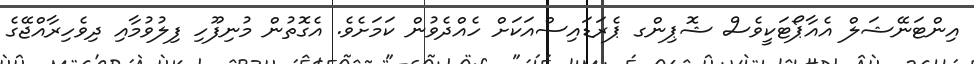
އިންޓަނޭޝަލް އެއާޕޯޓަކީވެސް ޝޮޕިންގ ޕެރަޑައިސްއަކަށް ހެއްދެވުން ކަމަށެވެ. އެގޮތުން މުނިފޫހި ފިލުވުމާއި ދިވެހިރާއްޖޭގެ